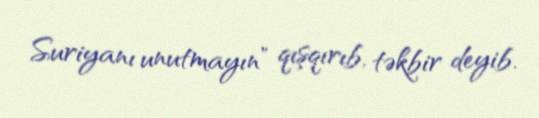
Suriyanı unutmayın” qışqırıb, təkbir deyib.